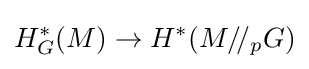
H_{G}^{*}(M)\to H^{*}(M/\!/_{p}G)